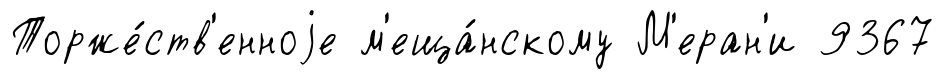
Торже́ств'енноjе м'еща́нскому М'еран'и 9367